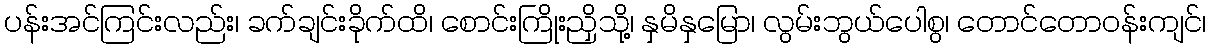
ပန်းအင်ကြင်းလည်း၊ ခက်ချင်းခိုက်ထိ၊ စောင်းကြိုးညှိသို့၊ နှမိနှမြော၊ လွမ်းဘွယ်ပေါစွ၊ တောင်တောဝန်းကျင်၊